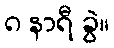
၈ နာရီ ခွဲ။